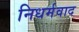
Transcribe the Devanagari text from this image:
निधर्मवाद